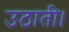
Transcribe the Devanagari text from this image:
उठाती।